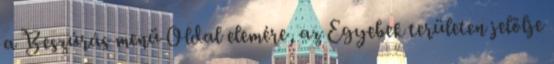
a Beszúrás menü Oldal elemére, az Egyebek területen jelölje